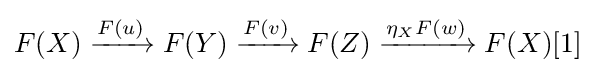
F(X)\xrightarrow {F(u)} F(Y)\xrightarrow {F(v)} F(Z)\xrightarrow {\eta _{X}F(w)} F(X)[1]